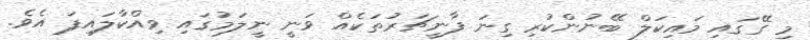
މި ގޭގައި މައިކަލް ބޭނުންކުރި ގިނަ ފާނީޗަރުތަކެއް ވަނީ ނީލަމުގައި ވިއްކާލައިފަ އެވެ.